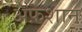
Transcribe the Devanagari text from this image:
अफ़शान